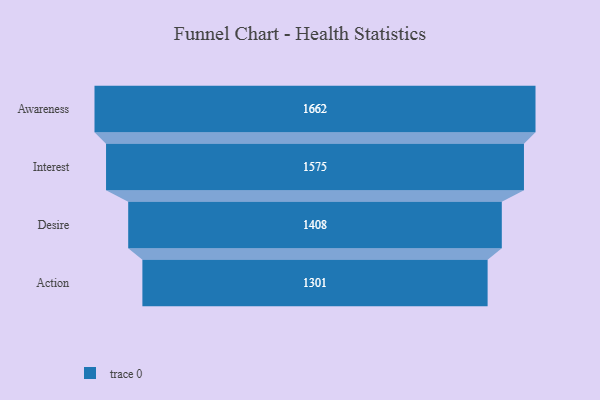
{"axis": {"x": "Stage", "y": "Value"}, "legend": [""], "data": [{"x": "Awareness", "y": 1662.0, "type": ""}, {"x": "Interest", "y": 1575.0, "type": ""}, {"x": "Desire", "y": 1408.0, "type": ""}, {"x": "Action", "y": 1301.0, "type": ""}]}